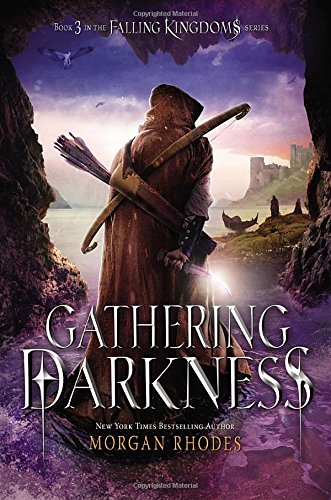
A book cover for Gathering Darkness: A Falling Kingdoms Novel; Morgan Rhodes; Teen & Young Adult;